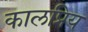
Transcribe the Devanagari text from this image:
कालप्रिय